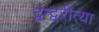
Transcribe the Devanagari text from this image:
द्वन्द्वरीत्या